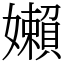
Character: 嬾